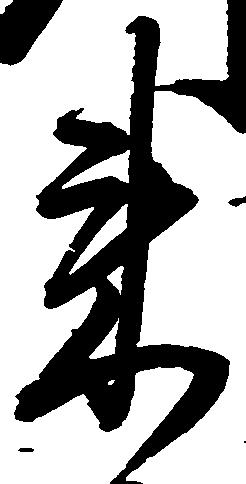
来